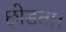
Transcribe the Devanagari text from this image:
छोडता।